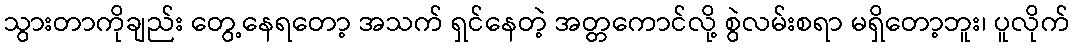
သွားတာကိုချည်း တွေ့နေရတော့ အသက် ရှင်နေတဲ့ အတ္တကောင်လို့ စွဲလမ်းစရာ မရှိတော့ဘူး၊ ပူလိုက်